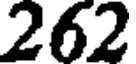
262